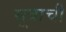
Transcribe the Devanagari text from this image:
सूत्राची